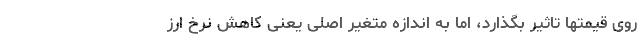
روی قیمتها تاثیر بگذارد، اما به اندازه متغیر اصلی یعنی کاهش نرخ ارز